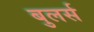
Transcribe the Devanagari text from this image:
बुलर्स